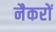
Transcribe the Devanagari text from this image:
नैकरों